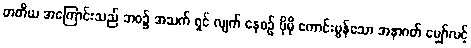
တတိယ အကြောင်းသည် ဘဝ၌ အသက် ရှင် လျက် နေစဉ် ပိုမို ကောင်းမွန်သော အနာဂတ် မျှော်လင့်